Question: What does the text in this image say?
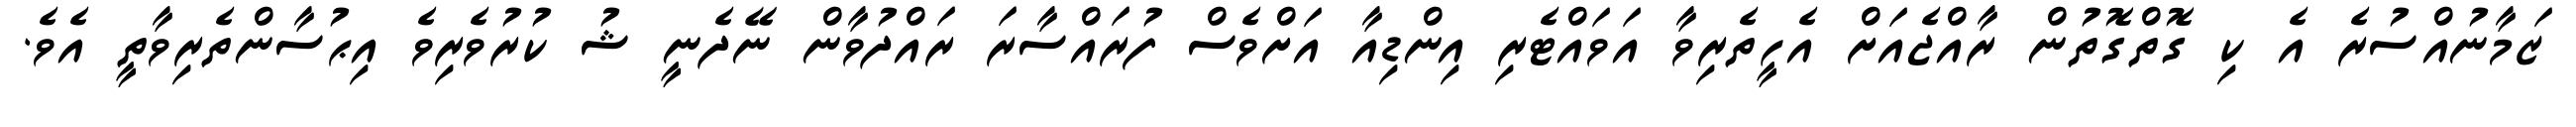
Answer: ޒަމާނުއްސުރެ އެ ކި ގޮތްގޮތުން ރާއްޖެއަށް އެހީތެރިވާ އަވައްޓެރި އިންޑިއާ އަށްވެސް ފުރައްސާރަ ރައްދުވާން ނޭދެނީ ޝު ކުރުވެރިވެ އިޙުސާންތެރިވާތީ އެވެ.